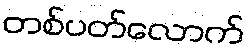
တစ်ပတ်လောက်